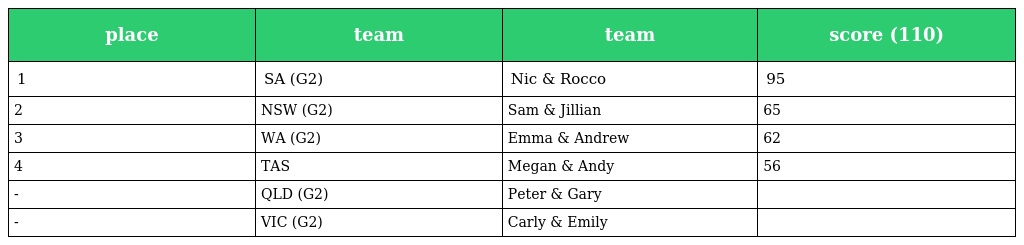
| place | team | team | score (110) |
 | --- | --- | --- | --- |
 | 1 | SA (G2) | Nic & Rocco | 95 |
 | 2 | NSW (G2) | Sam & Jillian | 65 |
 | 3 | WA (G2) | Emma & Andrew | 62 |
 | 4 | TAS | Megan & Andy | 56 |
 | - | QLD (G2) | Peter & Gary |  |
 | - | VIC (G2) | Carly & Emily |  |